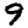
Digit: 9